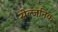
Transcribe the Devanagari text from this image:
सेल्जनिक